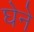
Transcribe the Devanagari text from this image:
घेने